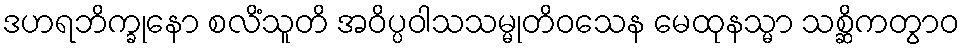
ဒဟရဘိက္ခုနော စလိံသူတိ အဝိပ္ပဝါသသမ္မုတိဝသေန မေထုနသ္မာ သစ္ဆိကတွာဝ